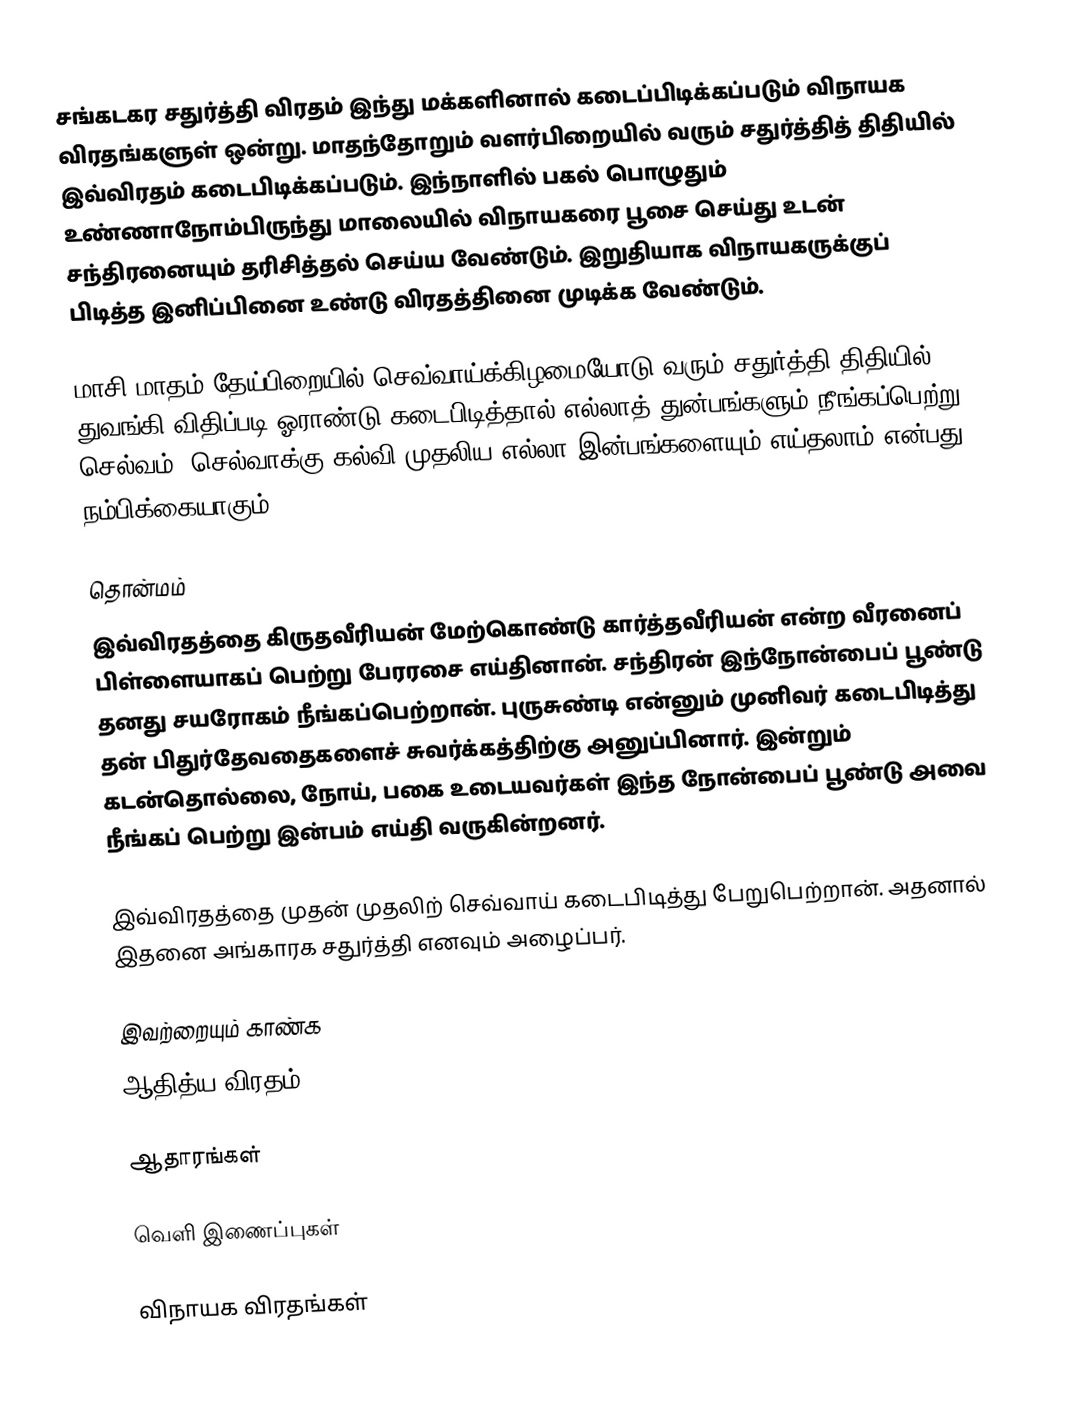
சங்கடகர சதுர்த்தி விரதம் இந்து மக்களினால் கடைப்பிடிக்கப்படும் விநாயக விரதங்களுள் ஒன்று. மாதந்தோறும் வளர்பிறையில் வரும் சதுர்த்தித் திதியில் இவ்விரதம் கடைபிடிக்கப்படும்.  இந்நாளில்  பகல் பொழுதும் உண்ணாநோம்பிருந்து மாலையில் விநாயகரை பூசை செய்து உடன் சந்திரனையும் தரிசித்தல் செய்ய வேண்டும். இறுதியாக விநாயகருக்குப் பிடித்த இனிப்பினை உண்டு விரதத்தினை முடிக்க வேண்டும்.

மாசி மாதம் தேய்பிறையில் செவ்வாய்க்கிழமையோடு வரும் சதுர்த்தி திதியில் துவங்கி விதிப்படி ஓராண்டு கடைபிடித்தால் எல்லாத் துன்பங்களும் நீங்கப்பெற்று செல்வம், செல்வாக்கு கல்வி முதலிய எல்லா இன்பங்களையும் எய்தலாம் என்பது நம்பிக்கையாகும்.

தொன்மம்
இவ்விரதத்தை கிருதவீரியன் மேற்கொண்டு கார்த்தவீரியன் என்ற  வீரனைப் பிள்ளையாகப் பெற்று பேரரசை எய்தினான். சந்திரன் இந்நோன்பைப் பூண்டு தனது சயரோகம் நீங்கப்பெற்றான். புருசுண்டி என்னும் முனிவர் கடைபிடித்து தன் பிதுர்தேவதைகளைச் சுவர்க்கத்திற்கு அனுப்பினார். இன்றும் கடன்தொல்லை, நோய், பகை உடையவர்கள் இந்த நோன்பைப் பூண்டு அவை நீங்கப் பெற்று இன்பம் எய்தி வருகின்றனர்.

இவ்விரதத்தை முதன் முதலிற் செவ்வாய் கடைபிடித்து பேறுபெற்றான். அதனால் இதனை அங்காரக சதுர்த்தி எனவும் அழைப்பர்.

இவற்றையும் காண்க
ஆதித்ய விரதம்

ஆதாரங்கள்

வெளி இணைப்புகள்

 விநாயக விரதங்கள்